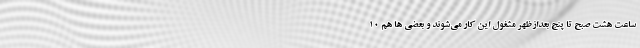
ساعت هشت صبح تا پنج بعدازظهر مشغول این کار می‌شوند و بعضی ها هم ۱۰